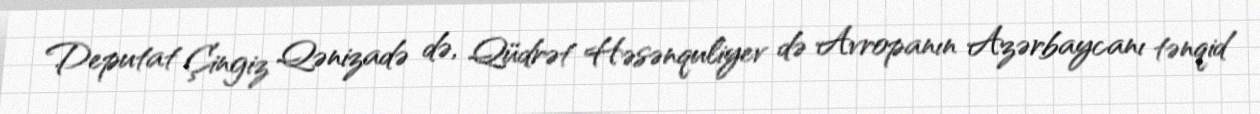
Deputat Çingiz Qənizadə də, Qüdrət Həsənquliyev də Avropanın Azərbaycanı tənqid